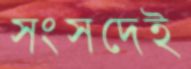
সংসদেই